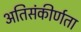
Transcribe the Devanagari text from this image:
अतिसंकीर्णता